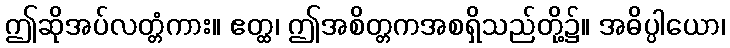
ဤဆိုအပ်လတ္တံကား။ ဧတ္ထ၊ ဤအစိတ္တကအစရှိသည်တို့၌။ အဓိပ္ပါယော၊